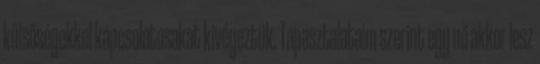
külsőségekkel kapcsolatosakat kivégeztük. Tapasztalataim szerint egy nő akkor lesz